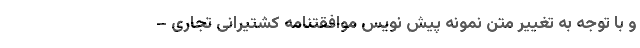
و با توجه به تغییر متن نمونه پیش نویس موافقتنامه کشتیرانی تجاری –